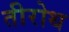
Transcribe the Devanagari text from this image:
तीरोथ